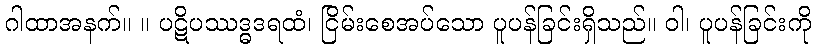
ဂါထာအနက်။ ။ ပဋိပဿဒ္ဓဒရထံ၊ ငြိမ်းစေအပ်သော ပူပန်ခြင်းရှိသည်။ ဝါ၊ ပူပန်ခြင်းကို